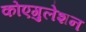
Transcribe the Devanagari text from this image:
कोएगुलेशन